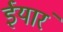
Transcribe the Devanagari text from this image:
ईयारं